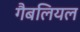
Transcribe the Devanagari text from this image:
गैबलियल